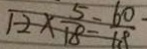
1 2 \times \frac { 5 } { 1 8 } = \frac { 6 0 } { 1 8 }